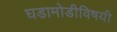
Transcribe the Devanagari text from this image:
घडामोडीविषयी